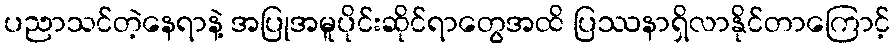
ပညာသင်တဲ့နေရာနဲ့ အပြုအမူပိုင်းဆိုင်ရာတွေအထိ ပြဿနာရှိလာနိုင်တာကြောင့်